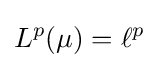
L^{p}(\mu )=\ell ^{p}